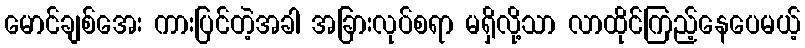
မောင်ချစ်အေး ကားပြင်တဲ့အခါ အခြားလုပ်စရာ မရှိလို့သာ လာထိုင်ကြည့်နေပေမယ့်